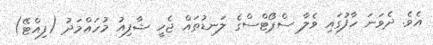
އެވެ. ދެވަނަ ހާފުގައި ވެލާ ސްޕޯޓްސްގެ ލަނޑުތައް ޖެހީ ޝާފިއު މުހައްމަދު (ފިއްޓޭ)